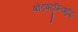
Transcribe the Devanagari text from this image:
षोड़षदृग्लिशुद्धि